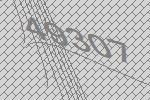
49307